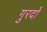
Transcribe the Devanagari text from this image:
गुरदों